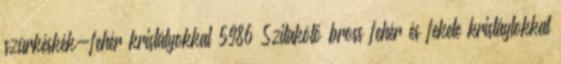
szürkéskék-fehér kristályokkal 5986 Szitakötő bross fehér és fekete kristáylokkal